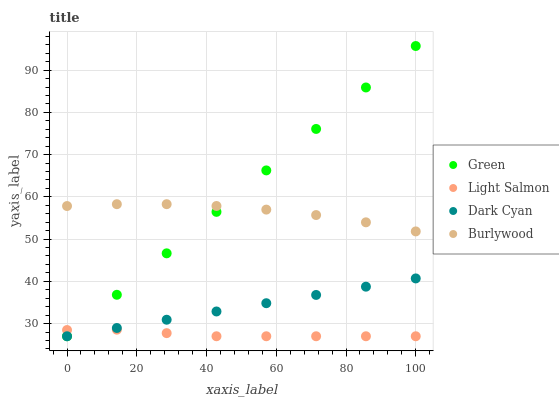
| xaxis_label | Green | Light Salmon | Dark Cyan | Burlywood |
 | --- | --- | --- | --- | --- |
 | 0 | 27 | 28.5 | 27 | 57.8 |
 | 14.3 | 36.8 | 28.6 | 29 | 58.3 |
 | 28.6 | 46.6 | 27.7 | 30.9 | 58.3 |
 | 42.9 | 56.4 | 27 | 32.9 | 57.8 |
 | 57.1 | 66.3 | 27 | 34.8 | 57 |
 | 71.4 | 76.1 | 27 | 36.8 | 55.7 |
 | 85.7 | 85.9 | 27 | 38.7 | 54 |
 | 100 | 95.7 | 27 | 40.7 | 51.8 |